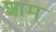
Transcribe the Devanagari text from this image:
शाम्